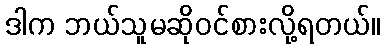
ဒါက ဘယ်သူမဆိုဝင်စားလို့ရတယ်။